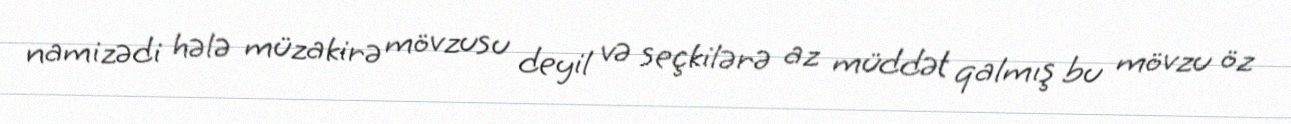
namizədi hələ müzakirə mövzusu deyil və seçkilərə az müddət qalmış bu mövzu öz